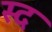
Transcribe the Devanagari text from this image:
स्द